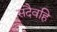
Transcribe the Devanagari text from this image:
सदैवहि